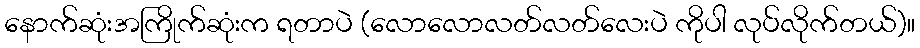
နောက်ဆုံးအကြိုက်ဆုံးက ရတာပဲ (လောလောလတ်လတ်လေးပဲ ကိုပါ လုပ်လိုက်တယ်)။